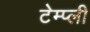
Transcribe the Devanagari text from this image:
टेम्प्ली